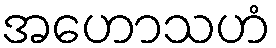
အဟောသဟံ